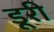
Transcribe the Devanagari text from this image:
डूरी